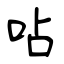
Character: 呫